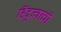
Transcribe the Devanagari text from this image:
हिंदुत्वाची